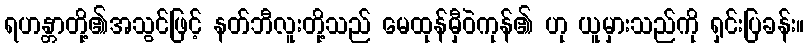
ရဟန္တာတို့၏အသွင်ဖြင့် နတ်ဘီလူးတို့သည် မေထုန်မှီဝဲကုန်၏ ဟု ယူမှားသည်ကို ရှင်းပြခန်း။